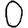
Digit: 0